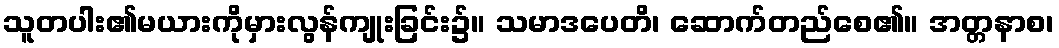
သူတပါး၏မယားကိုမှားလွန်ကျုးခြင်း၌။ သမာဒပေတိ၊ ဆောက်တည်စေ၏။ အတ္တနာစ၊